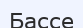
Бассе